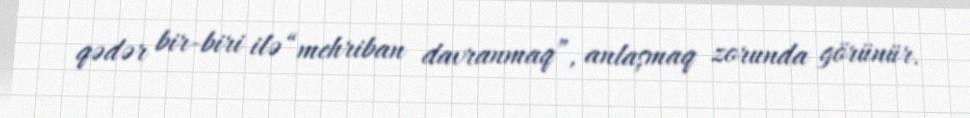
qədər bir-biri ilə “mehriban davranmaq”, anlaşmaq zorunda görünür.